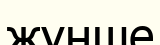
жүнше